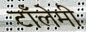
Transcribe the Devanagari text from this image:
टाँलेमी